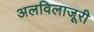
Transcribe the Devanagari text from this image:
अलविलाजूरी